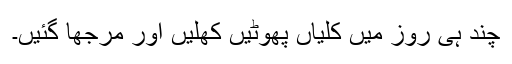
چند ہی روز میں کلیاں پھوٹیں کھلیں اور مرجھا گئیں۔